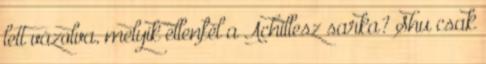
lett vázolva, melyik ellenfél a Achillesz sarka? Shu csak